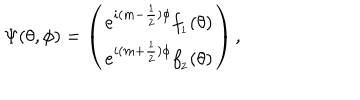
\Psi ( \theta , \phi ) = \left( \begin{array} { c } { { e ^ { i ( m - \frac { 1 } { 2 } ) \phi } f _ { _ { 1 } } ( \theta ) } } \\ { { e ^ { i ( m + \frac { 1 } { 2 } ) \phi } f _ { _ { 2 } } ( \theta ) } } \\ \end{array} \right) ,